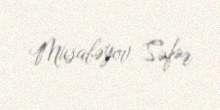
Musabəyov Səfər